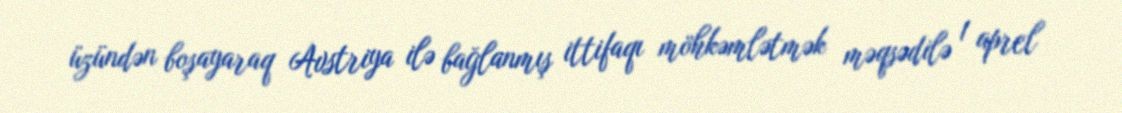
üzündən boşayaraq Avstriya ilə bağlanmış ittifaqı möhkəmlətmək məqsədilə 1 aprel